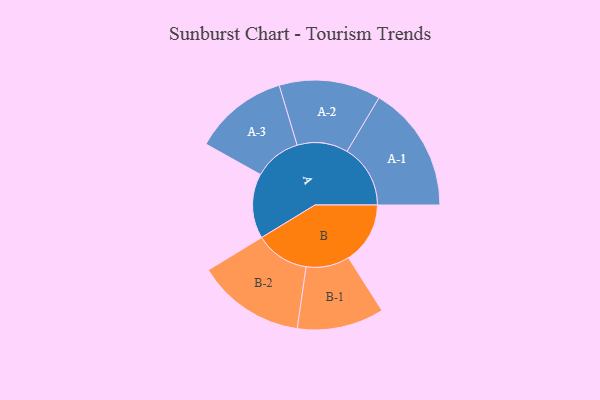
{"axis": {"x": "Segment", "y": "Value"}, "legend": ["", "A", "B"], "data": [{"x": "A", "y": 306, "type": ""}, {"x": "B", "y": 291, "type": ""}, {"x": "A-1", "y": 299, "type": "A"}, {"x": "A-2", "y": 240, "type": "A"}, {"x": "A-3", "y": 223, "type": "A"}, {"x": "B-1", "y": 205, "type": "B"}, {"x": "B-2", "y": 255, "type": "B"}]}